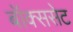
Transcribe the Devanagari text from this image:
बॉक्ससेट